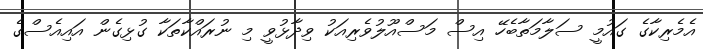
އެމެރިކާގެ ގައުމީ ސަލާމަތާބެހޭ އިސް މަސްއޫލުވެރިއަކު ވިދާޅުވީ މި ނުރައްކާތަކާ ގުޅިގެން އައިއެސްގެ